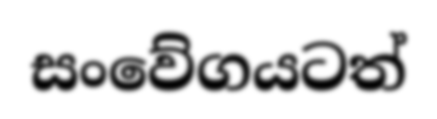
සංවේගයටත්